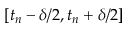
[ t _ { n } - \delta / 2 , t _ { n } + \delta / 2 ]